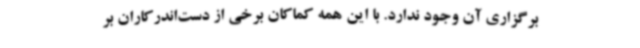
برگزاری آن وجود ندارد. با این همه کماکان برخی از دست‌اندرکاران بر